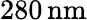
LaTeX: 280\, \mathrm{nm}